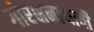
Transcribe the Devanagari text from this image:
गोरक्षनाथाची